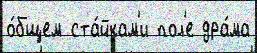
о́бщем ста́йкам'и пол'е дра́ма